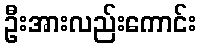
ဦးအားလည်းကောင်း